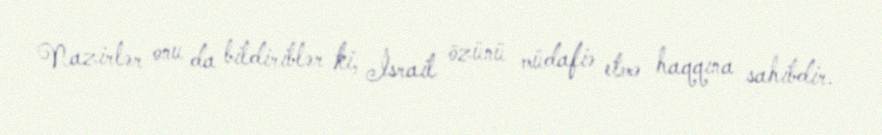
Nazirlər onu da bildiriblər ki, İsrail özünü müdafiə etmə haqqına sahibdir.